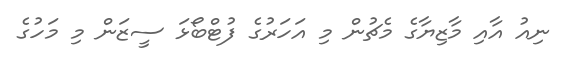
ނިއު އާއި މާޒިޔާގެ މެޗުން މި އަހަރުގެ ފުޓްބޯޅަ ސީޒަން މި މަހުގެ